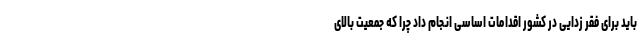
باید برای فقر زدایی در کشور اقدامات اساسی انجام داد چرا که جمعیت بالای